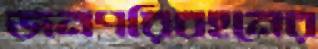
জনপরিবহনের